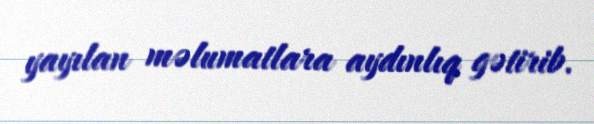
yayılan məlumatlara aydınlıq gətirib.